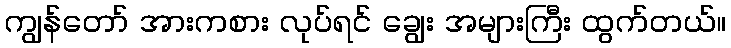
ကျွန်တော် အားကစား လုပ်ရင် ချွေး အများကြီး ထွက်တယ်။